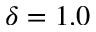
\delta = 1 . 0